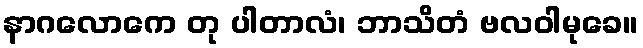
နာဂလောကေ တု ပါတာလံ၊ ဘာသိတံ ဗလဝါမုခေ။